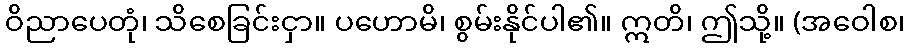
ဝိညာပေတုံ၊ သိစေခြင်းငှာ။ ပဟောမိ၊ စွမ်းနိုင်ပါ၏။ ဣတိ၊ ဤသို့။ (အဝေါစ၊